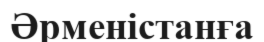
Әрменістанға